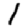
Digit: 1